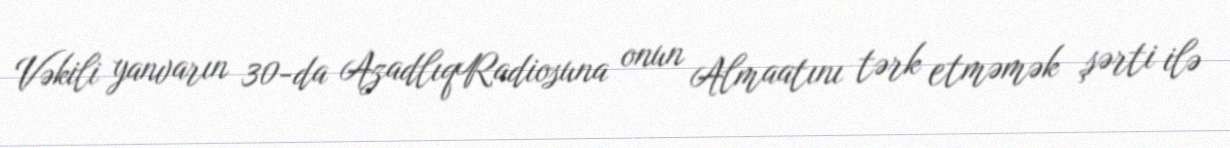
Vəkili yanvarın 30-da AzadlıqRadiosuna onun Almaatını tərk etməmək şərti ilə